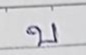
บ